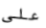
على